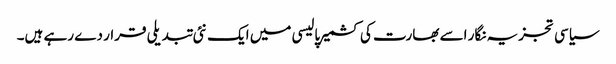
سیاسی تجزیہ نگار اسے بھارت کی کشمیر پالیسی میں ایک نئی تبدیلی قرار دے رہے ہیں۔